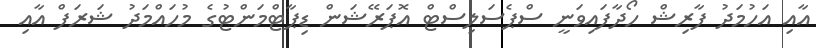
އާއި އަހުމަދު ފާރިޝް ހޯދާފައިވަނީ ސްޕެސަލިސްޓް އޮޕަރޭޝަން ޑިޕާޓްމަންޓުގެ މުހައްމަދު ޝަރަފް އާއި